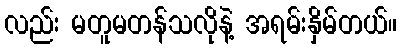
လည်း မတူမတန်သလိုနဲ့ အရမ်းနှိမ်တယ်။